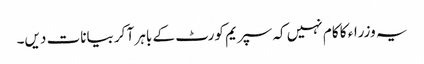
یہ وزراء کا کام نہیں کہ سپریم کورٹ کے باہر آ کر بیانات دیں۔